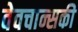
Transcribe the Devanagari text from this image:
वेवचान्सकी